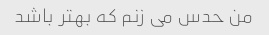
من حدس می زنم که بهتر باشد